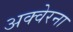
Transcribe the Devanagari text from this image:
अक्वेरना